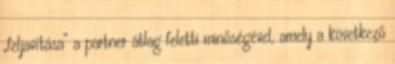
„feljavítása” a partner átlag feletti minőségével, amely a következő